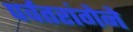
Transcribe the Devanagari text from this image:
पर्वतरांगेने